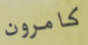
كامرون